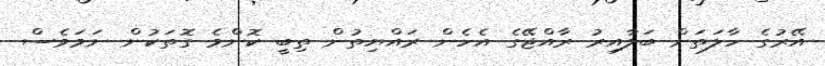
އޭރުގެ ހާލަތަށް ބަލާއިރު ރާއްޖޭގެ އެހެން ރައްޔިތުން ތިބީ ކޮންމެ ގޮތަކުން ނަމަވެސް